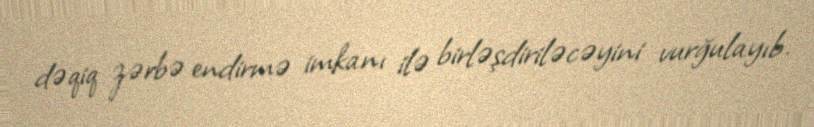
dəqiq zərbə endirmə imkanı ilə birləşdiriləcəyini vurğulayıb.